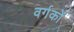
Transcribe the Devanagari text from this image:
वर्गकों